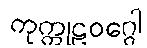
ကုက္ကုဠဝဂ္ဂေါ